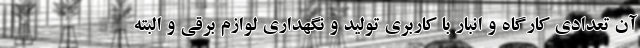
آن تعدادی کارگاه و انبار با کاربری تولید و نگهداری لوازم برقی و البته